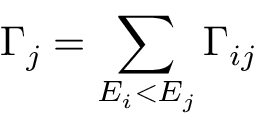
\Gamma _ { j } = \sum _ { E _ { i } < E _ { j } } \Gamma _ { i j }